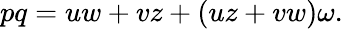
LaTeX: pq=uw+vz+(uz+vw)\omega.